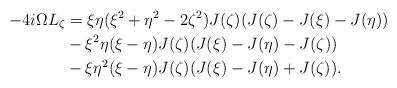
LaTeX: \begin{align*}-4i\Omega L_\zeta & = \xi\eta(\xi^2 + \eta^2 - 2\zeta^2) J(\zeta)(J(\zeta) - J(\xi) - J(\eta)) \\&- \xi^2\eta(\xi - \eta) J(\zeta)(J(\xi) - J(\eta) - J(\zeta))\\&- \xi\eta^2(\xi - \eta) J(\zeta)(J(\xi) - J(\eta) + J(\zeta)).\end{align*}